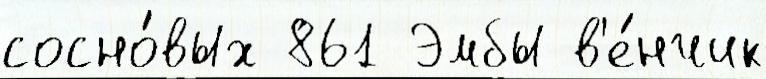
сосно́вых 861 Эмбы в'е́нчик